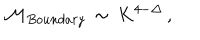
{ \cal M } _ { B o u n d a r y } \, \sim \, K ^ { 4 - \Delta } \, ,